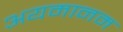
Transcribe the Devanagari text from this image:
अयमानम